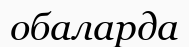
обаларда